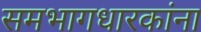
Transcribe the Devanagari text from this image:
समभागधारकांना